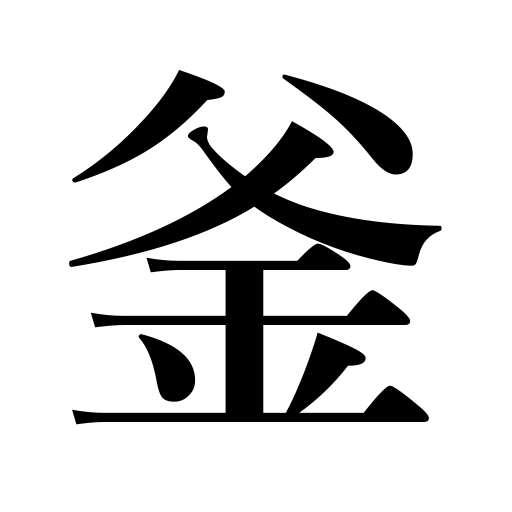
Meanings: bioler,cauldron,kettle,iron pot